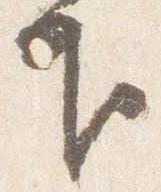
下